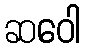
ဆဝေါ